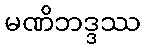
မဏိဘဒ္ဒဿ